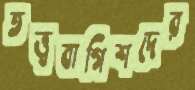
তত্ত্ববাগিশদের